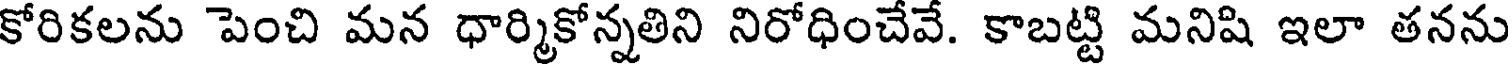
కోరికలను పెంచి మన ధార్మికోన్నతిని నిరోధించేవే. కాబట్టి మనిషి ఇలా తనను